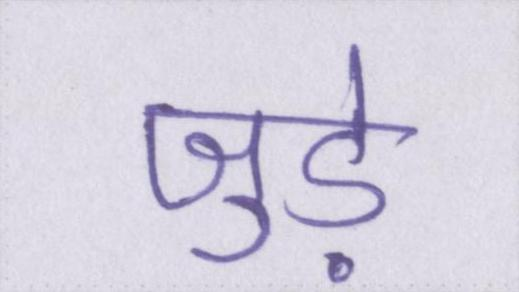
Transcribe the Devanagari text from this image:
जुडे़